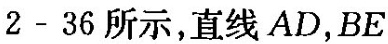
2-36所示，直线AD，BE